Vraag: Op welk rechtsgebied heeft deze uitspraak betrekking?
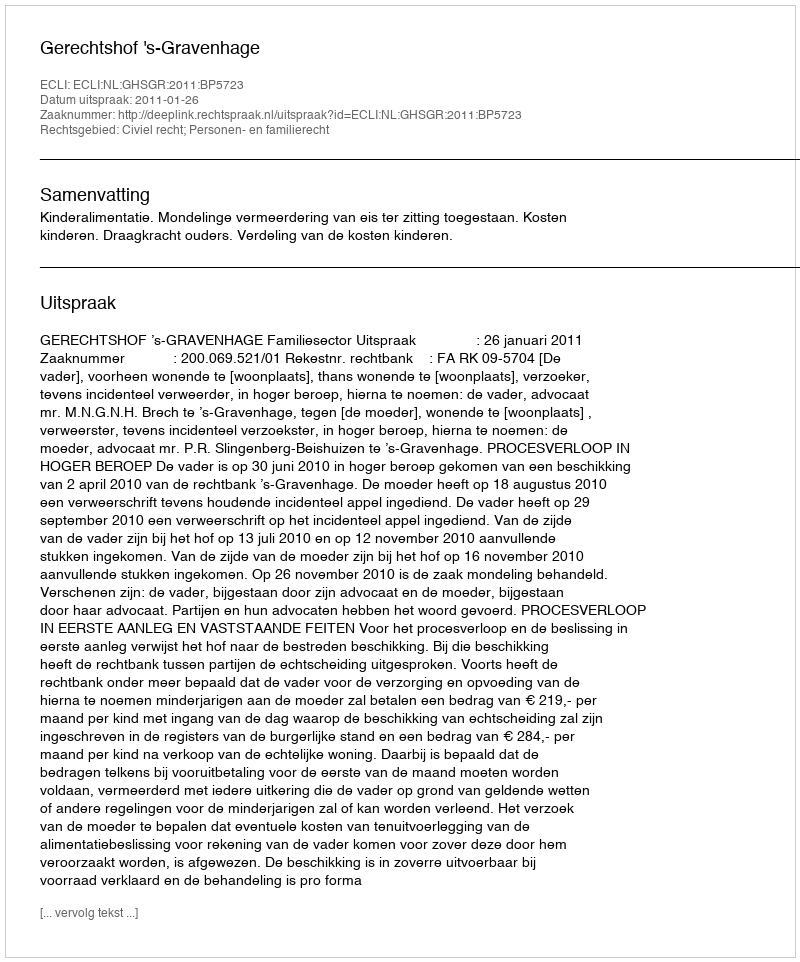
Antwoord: Civiel recht; Personen- en familierecht